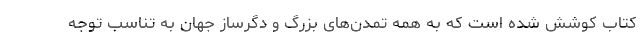
کتاب کوشش شده است که به همه تمدن‌های بزرگ و دگرساز جهان به تناسب توجه